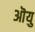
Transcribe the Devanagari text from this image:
ऒयु